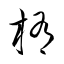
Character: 楕